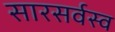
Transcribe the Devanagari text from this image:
सारसर्वस्व